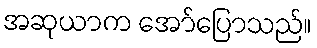
အဆုယာက အော်ပြောသည်။